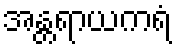
အန္တရာယကရံ